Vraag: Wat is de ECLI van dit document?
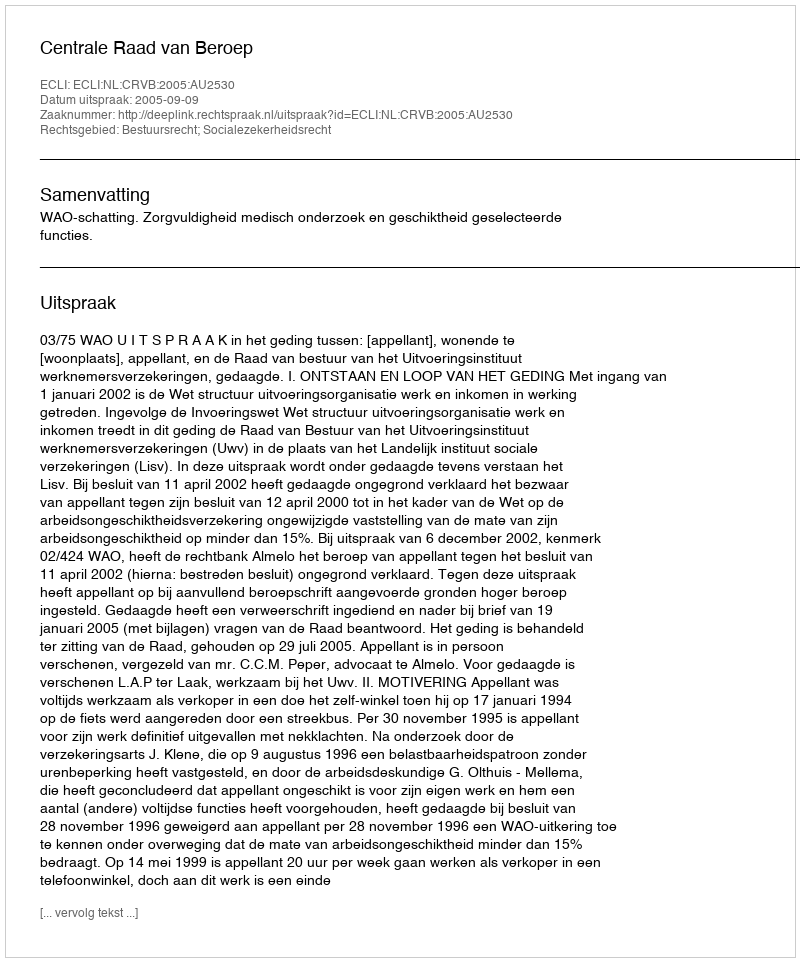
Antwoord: ECLI:NL:CRVB:2005:AU2530